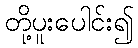
တို့ပူးပေါင်း၍